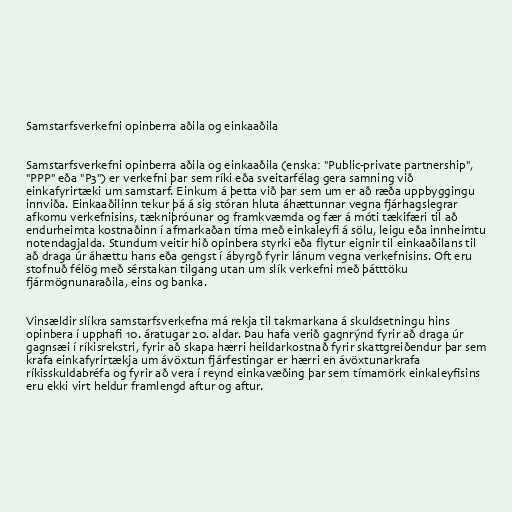
Samstarfsverkefni opinberra aðila og einkaaðila

Samstarfsverkefni opinberra aðila og einkaaðila (enska: "Public-private partnership",
"PPP" eða "P3") er verkefni þar sem ríki eða sveitarfélag gera samning við
einkafyrirtæki um samstarf. Einkum á þetta við þar sem um er að ræða uppbyggingu
innviða. Einkaaðilinn tekur þá á sig stóran hluta áhættunnar vegna fjárhagslegrar
afkomu verkefnisins, tækniþróunar og framkvæmda og fær á móti tækifæri til að
endurheimta kostnaðinn í afmarkaðan tíma með einkaleyfi á sölu, leigu eða innheimtu
notendagjalda. Stundum veitir hið opinbera styrki eða flytur eignir til einkaaðilans til
að draga úr áhættu hans eða gengst í ábyrgð fyrir lánum vegna verkefnisins. Oft eru
stofnuð félög með sérstakan tilgang utan um slík verkefni með þátttöku
fjármögnunaraðila, eins og banka.

Vinsældir slíkra samstarfsverkefna má rekja til takmarkana á skuldsetningu hins
opinbera í upphafi 10. áratugar 20. aldar. Þau hafa verið gagnrýnd fyrir að draga úr
gagnsæi í ríkisrekstri, fyrir að skapa hærri heildarkostnað fyrir skattgreiðendur þar sem
krafa einkafyrirtækja um ávöxtun fjárfestingar er hærri en ávöxtunarkrafa
ríkisskuldabréfa og fyrir að vera í reynd einkavæðing þar sem tímamörk einkaleyfisins
eru ekki virt heldur framlengd aftur og aftur.